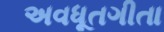
અવધૂતગીતા